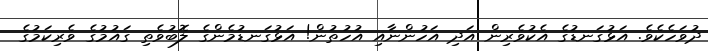
ދުވަހެކެވެ. އަޅުގަނޑުގެ އެކުވެރިން އަދި އަހުންނާއި އުހުތުން! އަޅުގަނޑުމެންގެ ލޮބުވެތި ގައުމުގެ ވެރިކަމުގެ